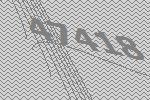
47418